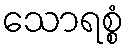
သောရစ္စံ